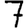
Digit: 7